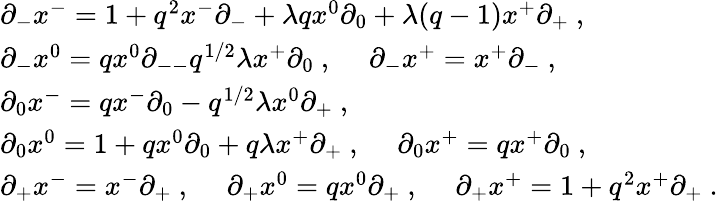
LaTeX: \begin{array}{l}{{\partial_{-}x^{-}=1+q^{2}x^{-}\partial_{-}+\lambda qx^{0}\partial_{0}+\lambda(q-1)x^{+}\partial_{+}~,}}\\ {{\partial_{-}x^{0}=qx^{0}\partial_{--}q^{1/2}\lambda x^{+}\partial_{0}~,~~~~~\partial_{-}x^{+}=x^{+}\partial_{-}~,}}\\ {{\partial_{0}x^{-}=qx^{-}\partial_{0}-q^{1/2}\lambda x^{0}\partial_{+}~,}}\\ {{\partial_{0}x^{0}=1+qx^{0}\partial_{0}+q\lambda x^{+}\partial_{+}~,~~~~~\partial_{0}x^{+}=qx^{+}\partial_{0}~,}}\\ {{\partial_{+}x^{-}=x^{-}\partial_{+}~,~~~~~\partial_{+}x^{0}=qx^{0}\partial_{+}~,~~~~~\partial_{+}x^{+}=1+q^{2}x^{+}\partial_{+}~.}}\end{array}